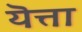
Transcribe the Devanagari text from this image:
यॆत्ता